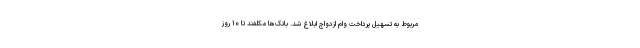
مربوط به تسهیل پرداخت وام ازدواج ابلاغ شد. بانک‌ها مکلفند تا ۱۰ روز